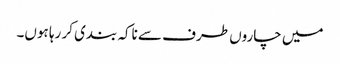
میں چاروں طرف سے ناکہ بندی کر رہا ہوں۔